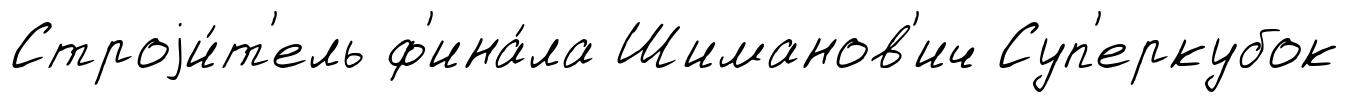
Строjи́т'ель ф'ина́ла Шиманов'ич Суп'еркубок